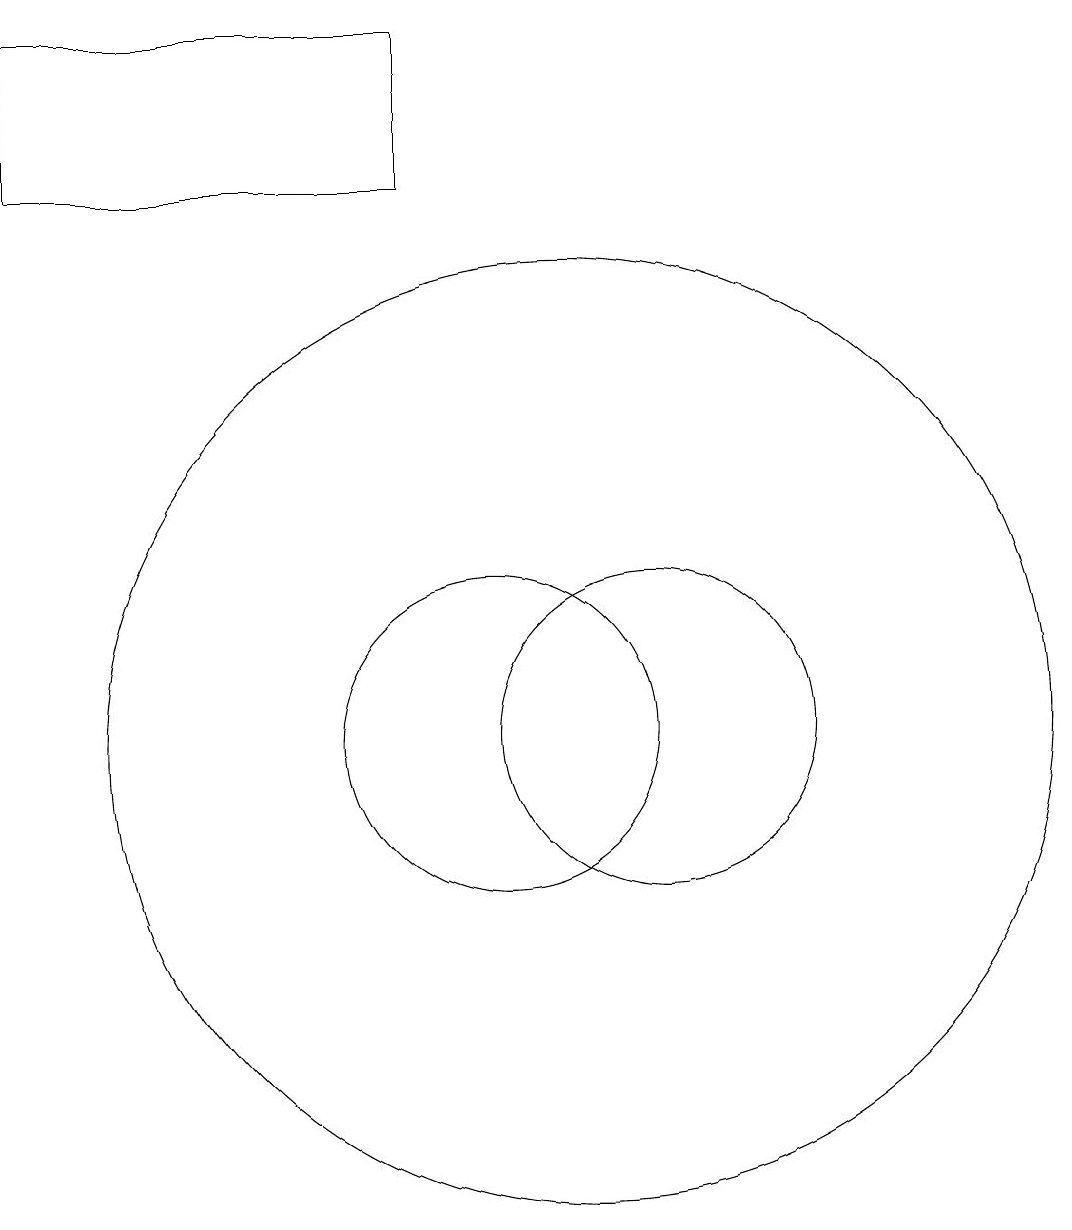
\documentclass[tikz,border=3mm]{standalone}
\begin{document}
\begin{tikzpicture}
\draw (9,19) rectangle (4,17);
\draw (11,10) circle (6);
\draw (12,10) circle (2);
\draw (10,10) circle (2);
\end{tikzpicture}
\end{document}